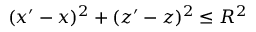
( x ^ { \prime } - x ) ^ { 2 } + ( z ^ { \prime } - z ) ^ { 2 } \leq R ^ { 2 }